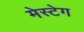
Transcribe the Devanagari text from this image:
मेस्टेग